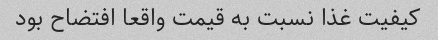
کیفیت غذا نسبت به قیمت واقعا افتضاح بود